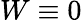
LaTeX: W\equiv 0